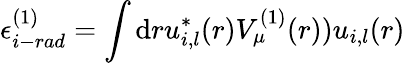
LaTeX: \epsilon_{i-rad}^{(1)}=\int\mathrm{d}{r}u_{i,l}^{*}(r)V_{\mu}^{(1)}(r))u_{i,l}(r)